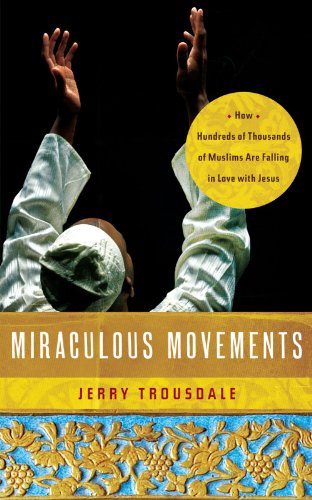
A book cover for Miraculous Movements: How Hundreds of Thousands of Muslims Are Falling in Love with Jesus; Jerry Trousdale; Reference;